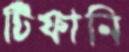
টিফানি